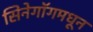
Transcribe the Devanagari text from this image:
सिनेगॉगमधून